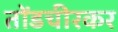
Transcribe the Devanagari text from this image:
तोंडचीरकर